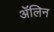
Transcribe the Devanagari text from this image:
ॲलिन